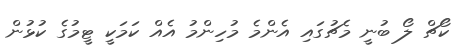
ކޯޗް ލޯ ބުނީ މެޗުގައި އެންމެ މުހިންމު އެއް ކަމަކީ ޓީމުގެ ކުޅުން